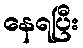
နေရပြီး